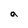
Character: a